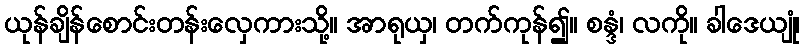
ယုန်ချိန်စောင်းတန်းလှေကားသို့။ အာရုယှ၊ တက်ကုန်၍။ စန္ဒံ၊ လကို။ ခါဒေယျုံ၊